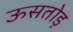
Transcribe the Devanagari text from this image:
ऊसतोड़